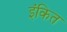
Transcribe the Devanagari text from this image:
इंकित